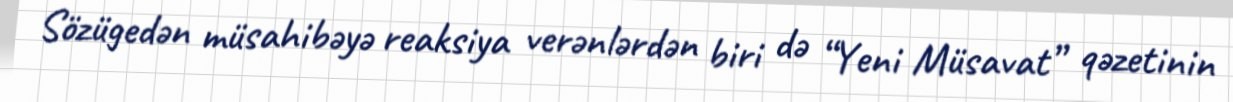
Sözügedən müsahibəyə reaksiya verənlərdən biri də “Yeni Müsavat” qəzetinin